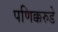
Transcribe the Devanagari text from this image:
पणिक्करुडे